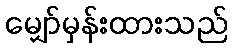
မျှော်မှန်းထားသည်